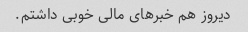
دیروز هم خبرهای مالی خوبی داشتم.